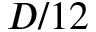
D / 1 2